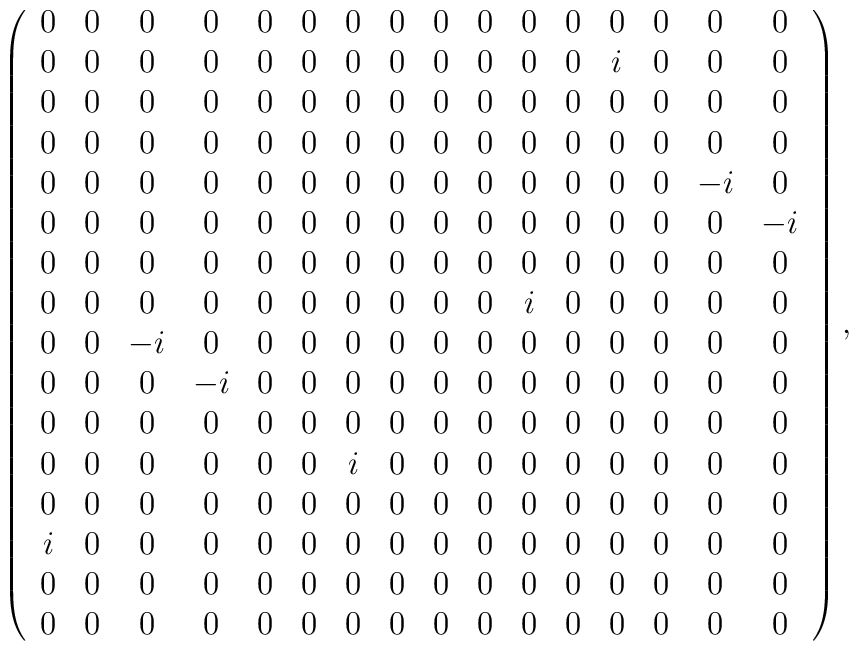
\left(    \begin{array}{cccccccccccccccc}     0&0&0&0&0&0&0&0&0&0&0&0&0&0&0&0\\     0&0&0&0&0&0&0&0&0&0&0&0&i&0&0&0\\     0&0&0&0&0&0&0&0&0&0&0&0&0&0&0&0\\     0&0&0&0&0&0&0&0&0&0&0&0&0&0&0&0\\     0&0&0&0&0&0&0&0&0&0&0&0&0&0&-i&0\\     0&0&0&0&0&0&0&0&0&0&0&0&0&0&0&-i\\     0&0&0&0&0&0&0&0&0&0&0&0&0&0&0&0\\     0&0&0&0&0&0&0&0&0&0&i&0&0&0&0&0\\     0&0&-i&0&0&0&0&0&0&0&0&0&0&0&0&0\\     0&0&0&-i&0&0&0&0&0&0&0&0&0&0&0&0\\     0&0&0&0&0&0&0&0&0&0&0&0&0&0&0&0\\     0&0&0&0&0&0&i&0&0&0&0&0&0&0&0&0\\     0&0&0&0&0&0&0&0&0&0&0&0&0&0&0&0\\     i&0&0&0&0&0&0&0&0&0&0&0&0&0&0&0\\     0&0&0&0&0&0&0&0&0&0&0&0&0&0&0&0\\     0&0&0&0&0&0&0&0&0&0&0&0&0&0&0&0    \end{array}\right),